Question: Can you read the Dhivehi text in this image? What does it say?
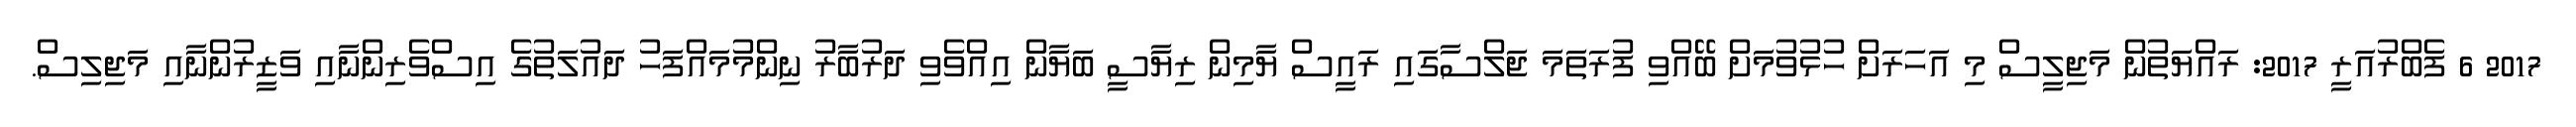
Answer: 2017 6 ފެބްރުއަރީ 2017: ރައްޔަތުން މަޖިލީސް މި އަހަރަށް ހުޅުވުމަށް ބޭއްވި ފުރަތަމަ ޖަލްސާގައި ރައީސް ޔާމިން ރިޔާސީ ބަޔާން އިއްވެވި ދަރުބާރު ނިންމުމައްފަހު ދައުލަތުގެ އިސްވެރިންނާއި ވަޒީރުންނާއި މަޖިލިސް.